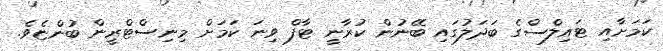
ކަމަށާއި ޓައިލްސްގެ ބަދަލުގައި ބޭނުން ކުރާނީ ޓާފް ވިނަ ކަމަށް މިނިސްޓްރީން ބުންޏެވެ.